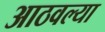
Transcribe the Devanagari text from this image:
आठवल्या